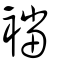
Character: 襠